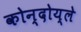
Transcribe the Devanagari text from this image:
कोन्दोय्ले